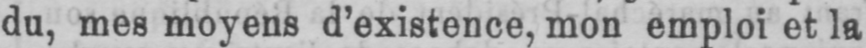
du, mes moyens d’existence, mon emploi et la